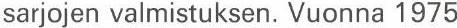
sarjojen valmistuksen. Vuonna 1975